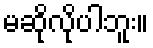
မဆိုလိုပါဘူး။